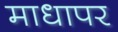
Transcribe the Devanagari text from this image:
माधापर